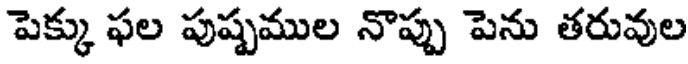
పెక్కు ఫల పుష్పముల నొప్పు పెను తరువుల